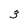
Character: 3